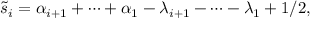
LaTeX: \tilde { s } _ { i } = \alpha _ { i + 1 } + \cdots + \alpha _ { 1 } - \lambda _ { i + 1 } - \cdots - \lambda _ { 1 } + 1 / 2 ,